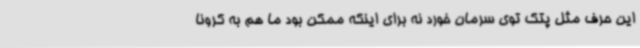
این حرف مثل پتک توی سرمان خورد نه برای اینکه ممکن بود ما هم به کرونا